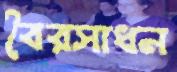
বৈরসাধন